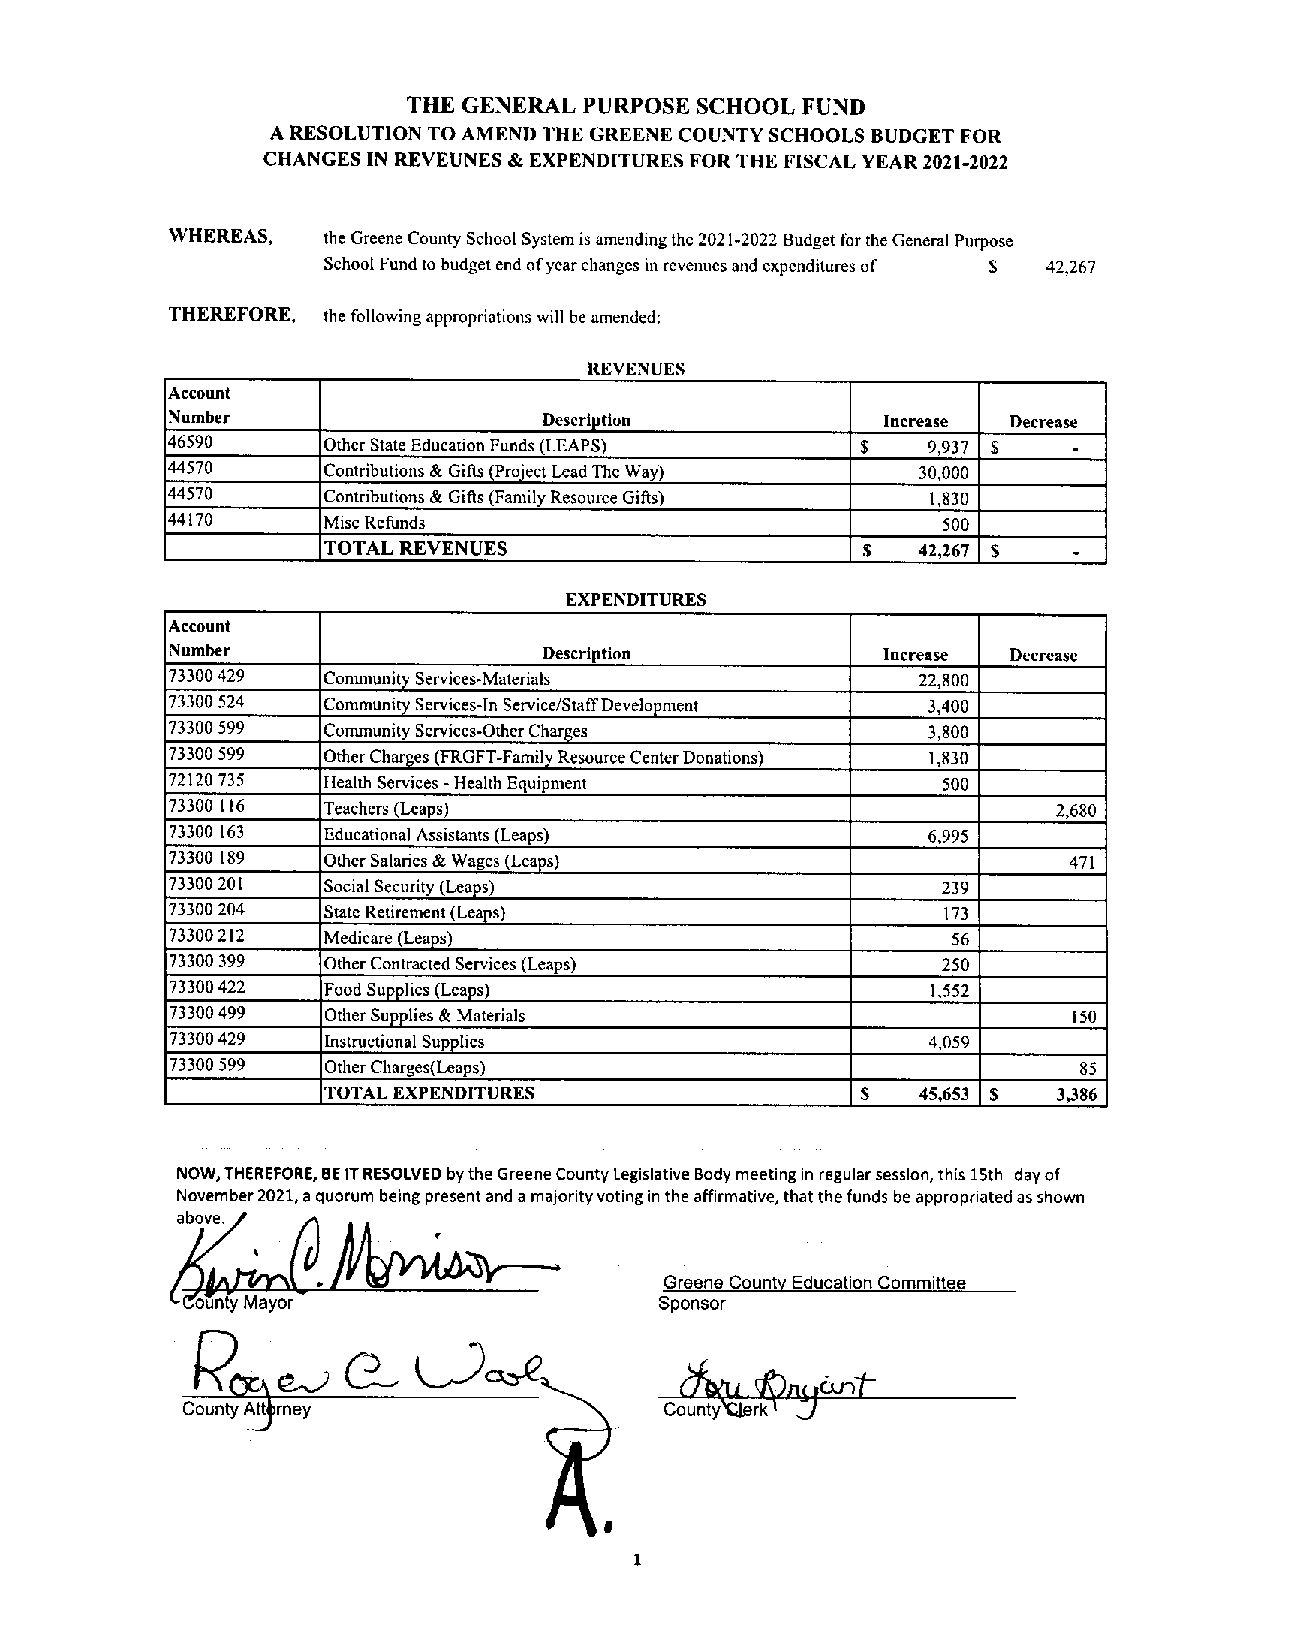
TILE GENERALPURPOSE SCHOOLFUND
 A RESOLUTION TOAMEND THE GREENECOUNTY SCHOOLS BUDGET FOR
 CHANGES IN REVEUNES &EXPENDITURES FOR THE FISCAL YEAR2021-2022
 WHEREAS,  theGreeneCounty SchoolSystem is amendingthe2021-2022Budget fortheGeneralPurpose
 SchoolFundtobudgetendofyearchanges inrevenuesandexpendituresof S 42,267
 THEREFORE, thefollowingappropriationswill beamended:
 REVENUES
 Account
 Number                   Description           Increase Decrease
 46590     OtherStateEducationFunds(LEAPS)     $   9,937 $
 -
 44570     Contributions&Gifts (ProjectLeadTheWay) 30,000
 44570     Contributions&Gifts (FamilyResource Gifts) 1,830
 44170     MiscRefunds                              500
 TOTAL REVENUES                      $   42,267 $
 -
 EXPENDITURES
 Account
 Number                   Description           Increase Decrease
 73300429  CommunityServices-Materials             22,800
 73300 524 CommunityServices-InService/StaffDevelopment 3,400
 73300 599 CommunityServices-OtherCharges          3,800
 73300 599 OtherCharges(FRGFT.FamilyResourceCenterDonations) 1,830
 72120 735  HealthServices - HealthEquipment        500
 73300 116 Teachers (Leaps)                                 2,680
 73300 163  EducationalAssistants(Leaps)           6.995
 73300 189  OtherSalaries&Wages (Leaps)                      471
 73300 201  SocialSecurity (Leaps)                  239
 73300 204  StateRetirement(Leaps)                  173
 73300 212  Medicare(Leaps)                          56
 73300 399  OtherContractedServices(Leaps)          250
 73300 422  FoodSupplies(Leaps)                     1,552
 73300 499  OtherSupplies& Materials                         ISO
 73300 429  Instructional Supplies                 4,059
 73300 599  OtherCharges(Leaps)                              85
 TOTALEXPENDITURES                  $   45,653 S 3,386
 NOW,THEREFORE,BEITRESOLVEDbytheGreeneCountyLegislativeBody meetingin regularsession, this15th dayof
 November2021,aquorum being presentanda majorityvotingin theaffirmative, thatthefunds beappropriatedasshown
 above.
 Greene CountyEducationCommittee
 ounty May                      Sponsor
 Count~~rney
 p3
 ______
 1